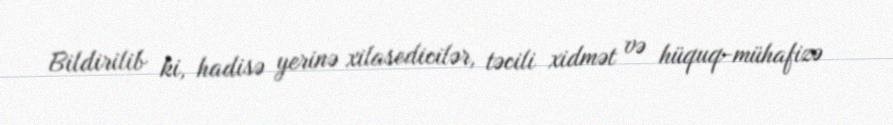
Bildirilib ki, hadisə yerinə xilasedicilər, təcili xidmət və hüquq-mühafizə